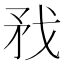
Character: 𢦧